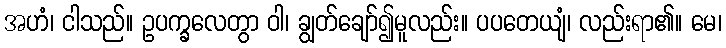
အဟံ၊ ငါသည်။ ဥပက္ခလေတွာ ဝါ၊ ချွတ်ချော်၍မူလည်း။ ပပတေယျံ၊ လည်းရာ၏။ မေ၊